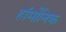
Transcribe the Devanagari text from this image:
हॉर्मोनिक